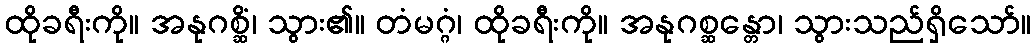
ထိုခရီးကို။ အနုဂစ္ဆိံ၊ သွား၏။ တံမဂ္ဂံ၊ ထိုခရီးကို။ အနုဂစ္ဆန္တော၊ သွားသည်ရှိသော်။